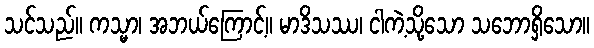
သင်သည်။ ကသ္မာ၊ အဘယ်ကြောင့်။ မာဒိသဿ၊ ငါကဲ့သို့သော သဘောရှိသော။